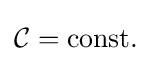
{\mathcal {C}}=\mathrm {const.}